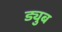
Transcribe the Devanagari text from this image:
ड्युब